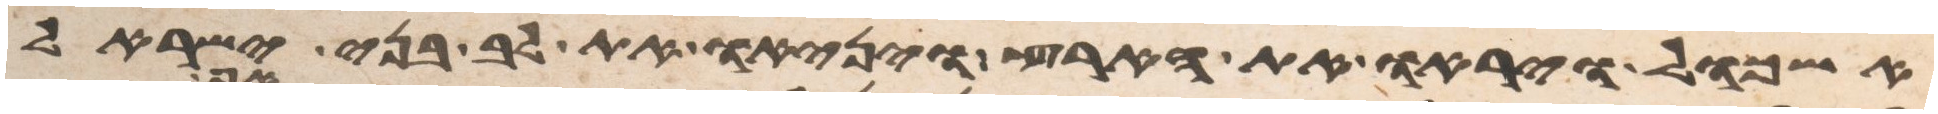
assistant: אשכול ויראו את הארץ ויניאו את לב בני ישראל